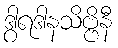
ဒွါရဒါနသိဗ္ဗိနီ